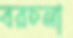
বরচনা